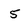
Character: 5